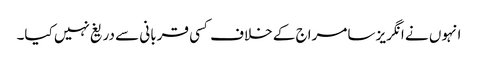
انہوں نے انگریز سامراج کے خلاف کسی قربانی سے دریغ نہیں کیا۔